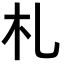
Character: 札